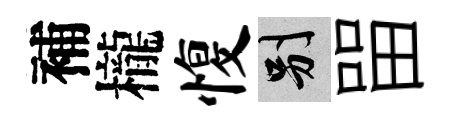
補櫳愎别㽞